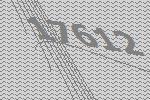
17612